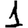
Digit: 1